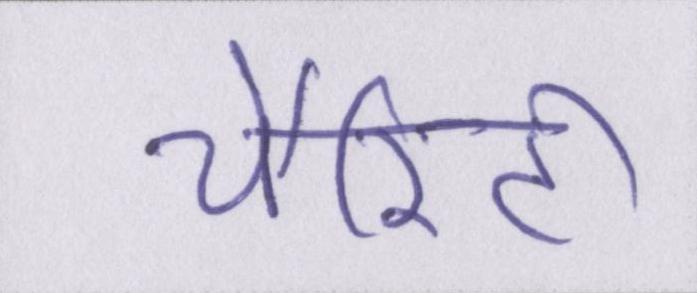
चैरिटी